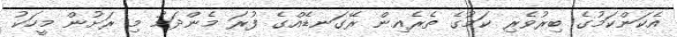
އެކަންކަމުގެ ބިރުވެރި ކަމުގެ ތެރެއިން ރޭގަނޑެއްގެ ފުރަ މެންދަމު މި ރަށުން މީހަކު